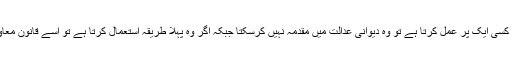
اگر کارکن آخر میں بتائے گئے دوطریقوں میس سے کسی ایک پر عمل کرتا ہے تو وہ دیوانی عدالت میں مقدمہ نہیں کرسکتا جبکہ اگر وہ پہلا طریقہ استعمال کرتا ہے تو اسے قانون معاوضہ کارکنان کے تحت اپنے حق کو چھوڑنا پڑےگا۔